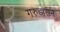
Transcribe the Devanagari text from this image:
गरुड़ासन